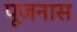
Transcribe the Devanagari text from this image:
पूजनास